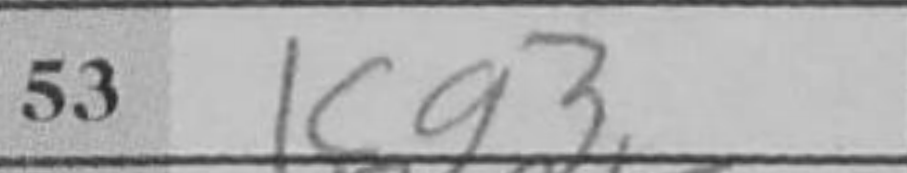
Transcription: Kg3